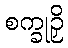
စက္ခုဉှိ